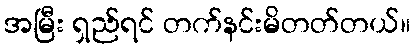
အမြီး ရှည်ရင် တက်နင်းမိတတ်တယ်။